Civil Veterinary Department Bengal reports 1933-51 - 1933-1951
Year: 1933
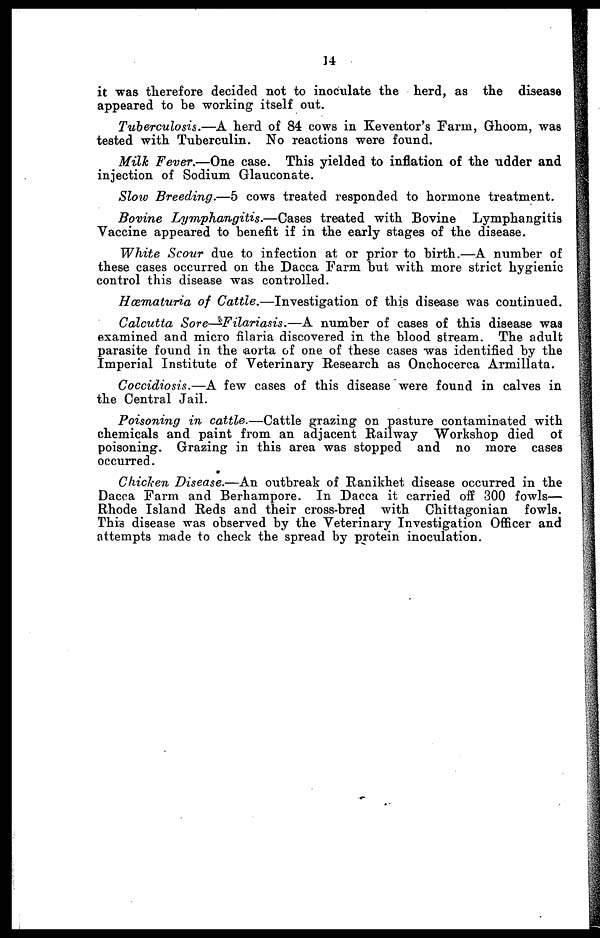
14
it was therefore decided not to inoculate the herd, as the disease
appeared to be working itself out.
Tuberculosis.—A herd of 84 cows in Keventor's Farm, Ghoom, was
tested with Tuberculin. No reactions were found.
Milk Fever.—One case. This yielded to inflation of the udder and
injection of Sodium Glauconate.
Slow Breeding.—5 cows treated responded to hormone treatment.
Bovine Lymphangitis.—Cases
treated with Bovine Lymphangitis
Vaccine appeared to benefit if in the early stages of the disease.
White Scour due to infection at or prior to birth.—A number of
these cases occurred on the Dacca Farm but with more strict hygienic
control this disease was controlled.
Hæmaturia of Cattle.—Investigation
of this disease was continued.
Calcutta Sore—Filariasis.—A
number of cases of this disease was
examined and micro filaria discovered in the blood stream. The adult
parasite found in the aorta of one of these cases was identified by the
Imperial Institute of Veterinary Research as Onchocerca Armillata.
Coccidiosis.—A few cases of this disease were found in calves in
the Central Jail.
Poisoning in cattle.—Cattle
grazing on pasture contaminated with
chemicals and paint from an adjacent Railway Workshop died of
poisoning. Grazing in this area was stopped and no more cases
occurred.
Chicken Disease.—An outbreak of Ranikhet disease occurred in the
Dacca Farm and Berhampore. In Dacca it carried off 300 fowls—
Rhode Island Reds and their cross-bred with Chittagonian
fowls.
This disease was observed by the Veterinary Investigation Officer and
attempts made to check the spread by protein inoculation.